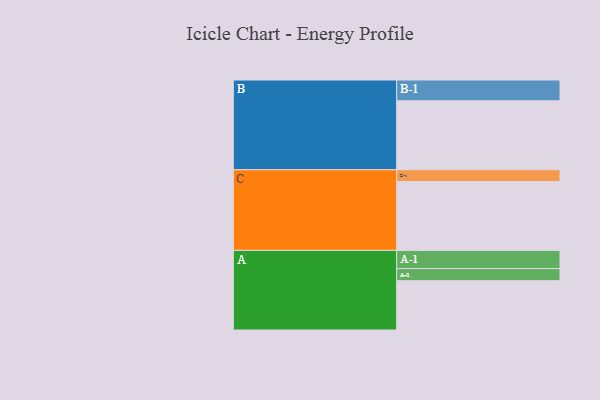
{"axis": {"x": "Segment", "y": "Value"}, "legend": ["", "A", "B", "C"], "data": [{"x": "A", "y": 369, "type": ""}, {"x": "B", "y": 516, "type": ""}, {"x": "C", "y": 516, "type": ""}, {"x": "A-1", "y": 136, "type": "A"}, {"x": "A-2", "y": 91, "type": "A"}, {"x": "B-1", "y": 156, "type": "B"}, {"x": "C-1", "y": 88, "type": "C"}]}